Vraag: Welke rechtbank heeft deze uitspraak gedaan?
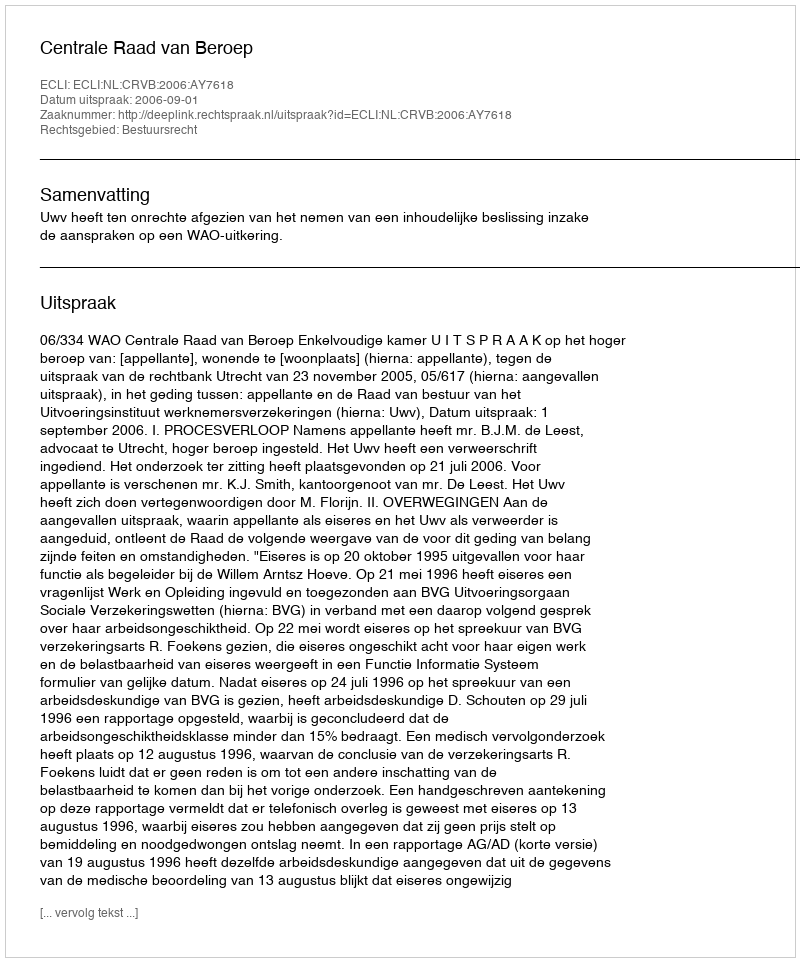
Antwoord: Centrale Raad van Beroep